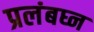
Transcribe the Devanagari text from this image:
प्रलंबघ्न